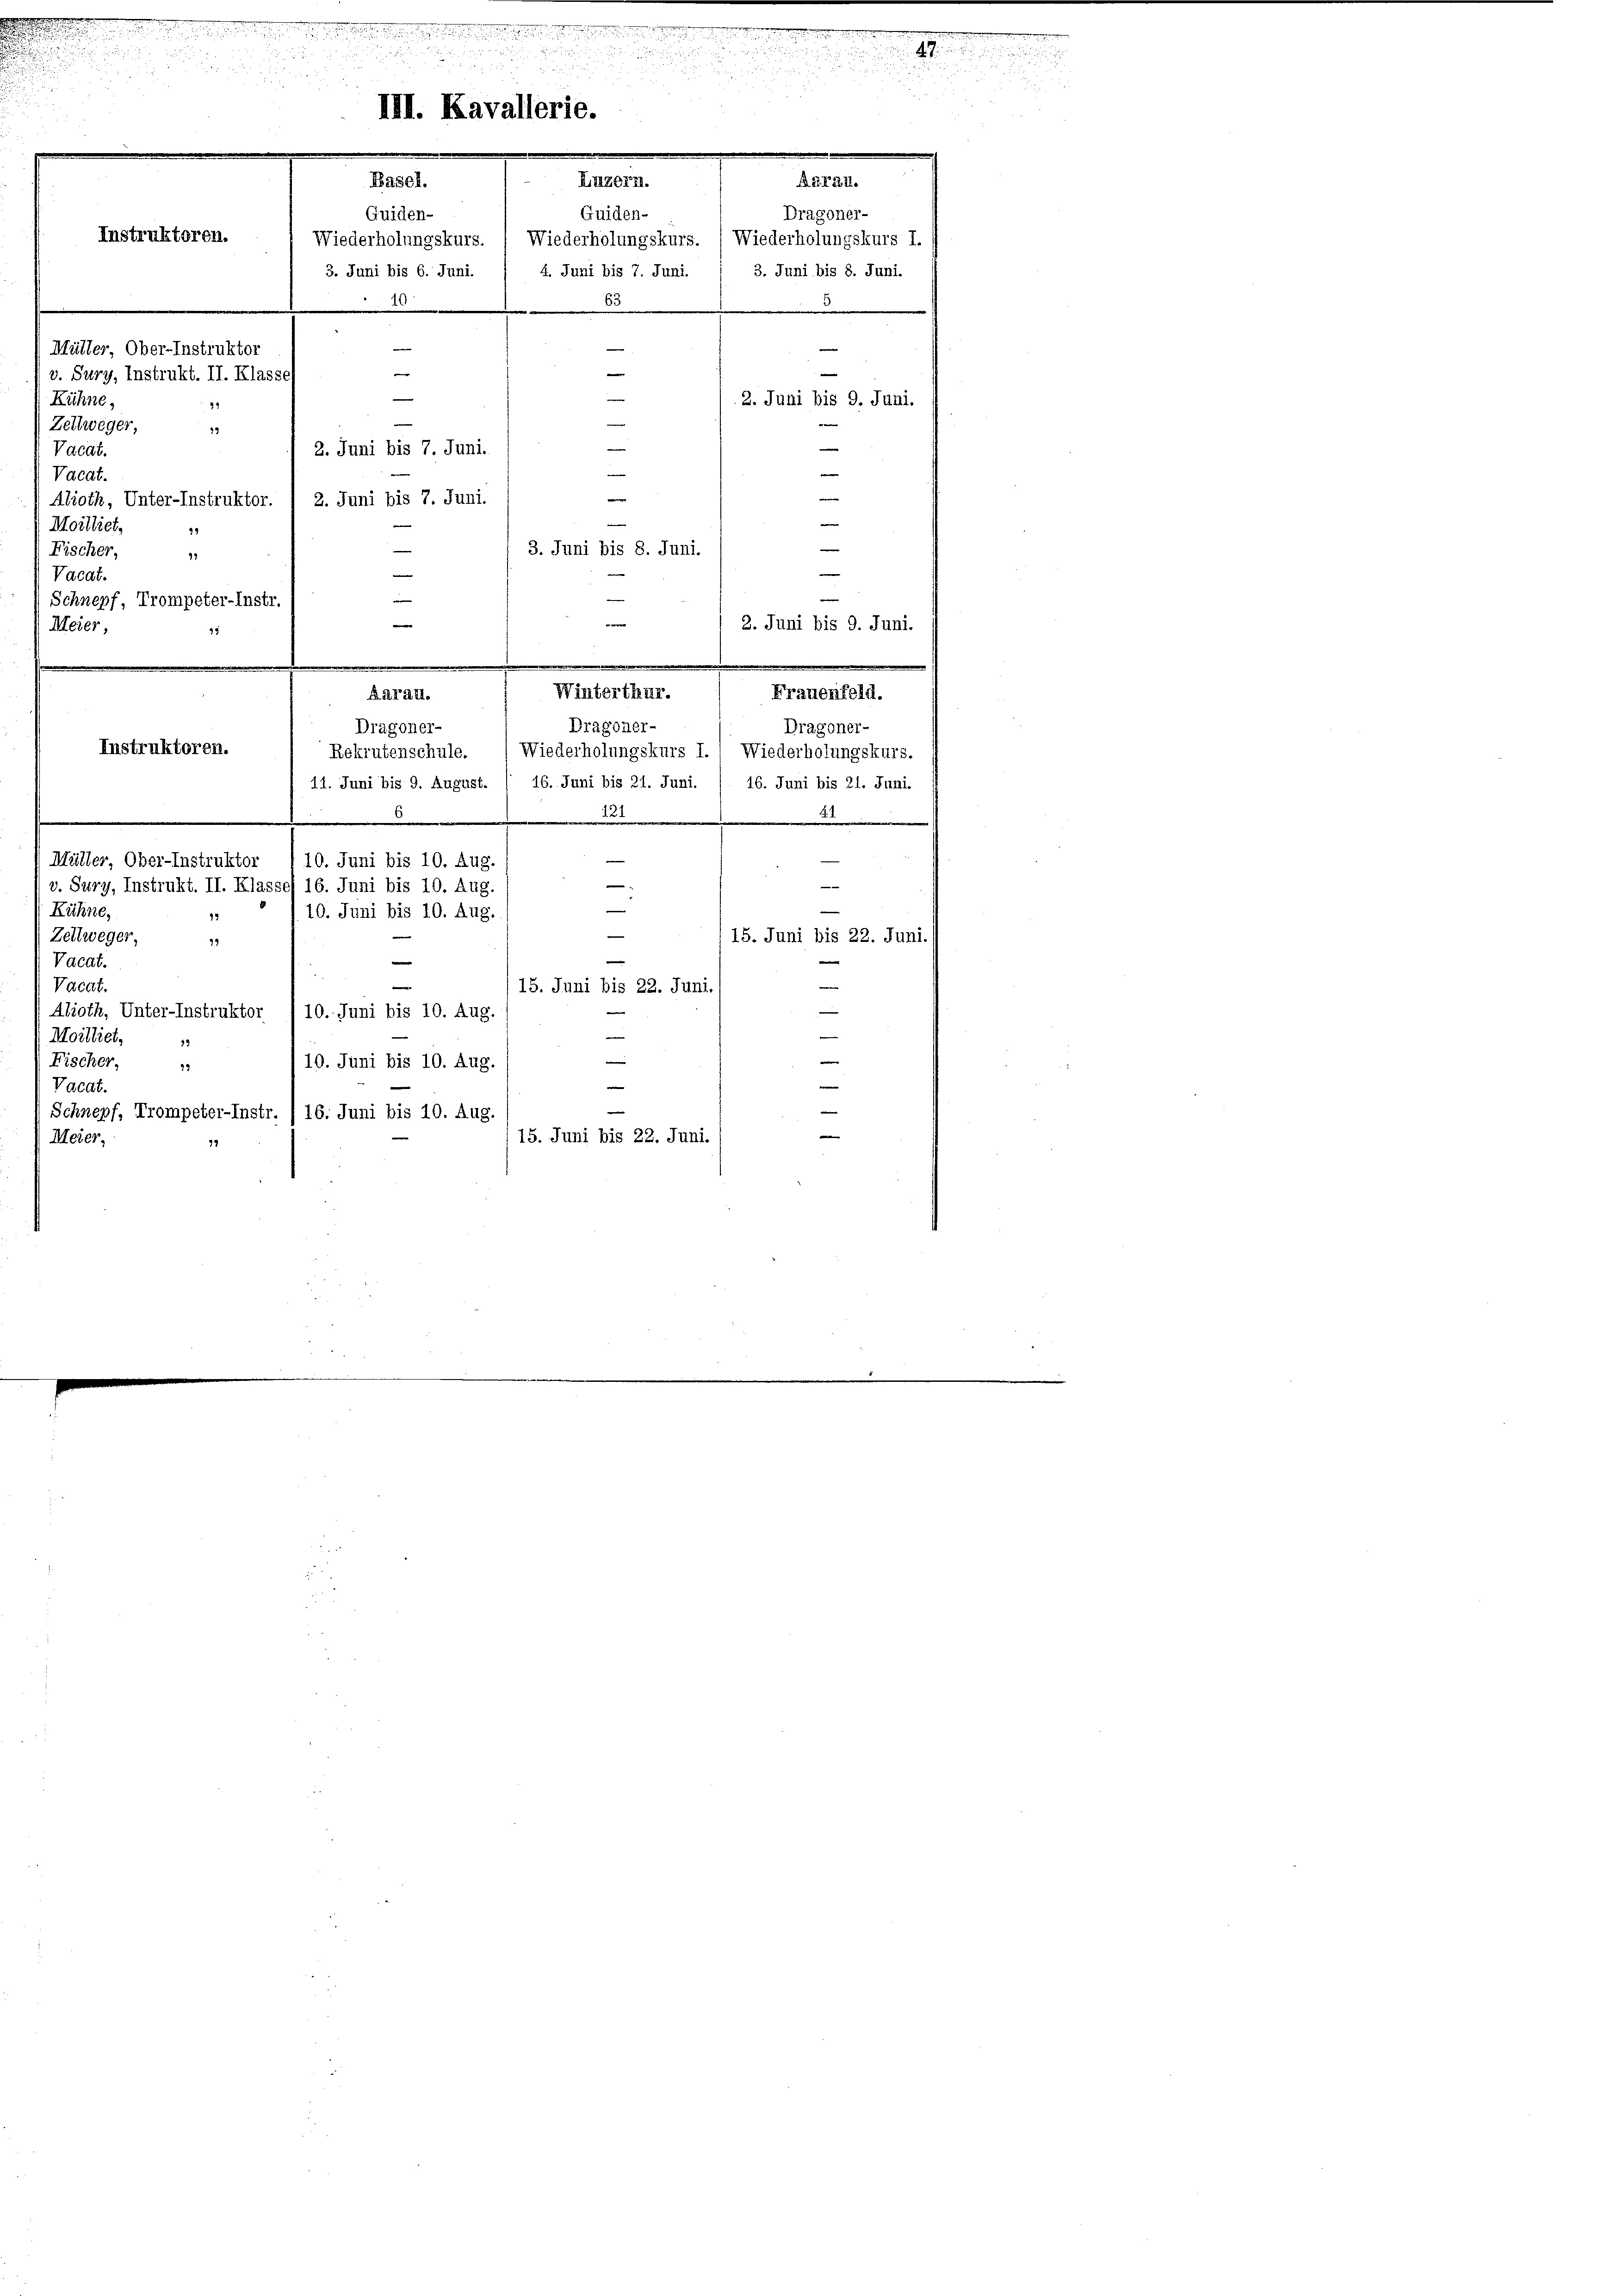
Instruktoren.
i

n
u
III. Kavallerie.

A 221.
Basel.
Luzern.
Guiden-
Quiden-
Wiederholungskurs. ( Wiederholungskurs. ( Wiederholungskurs I.
3. Juni bis 8. Juni.
4. Juni bis 7. Juni.
3. Juni bis 6. Juni.
4

J
e
Müller, Ober-Instruktor

v. Sury, Instrukt. II. Klasses
e
e
Kühne,
2. Juni bis 9. Juni.
94
—
e
Zellweger,
19
d
—
2. Juni bis 7. Juni.
Vacat.
Vacat.

Aboth, Unter-Instruktor.
2. Juni bis 7. Juni.
Moilliet,
39
e

Aarau.

n

Dragoner-

e
3. Juni bis 8. Juni.
Fischer,
91
e
e
Vacat.
e
e
Schnepf, Trompeter-Instr.
e
e
e
2. Juni bis 9. Juni.
Meier,
15
m
Winterthur.
Frauenfeld.
Dragoner-
Dragoner-
Dragoner-
Instruktoren.
Rekrutenschule. (Wiederholungskurs I., Wiederholungskurs.
11. Juni bis 9. August. / 16. Juni bis 21. Juni. / 16. Juni bis 21. Juni.
2
.
e
—
Müller, Ober-Instruktor
10. Juni bis 10. Aug.
e
"
—
v. Sury, Instrukt. II. Klassel 16. Juni bis 10. Aug.
—
Kühne,
10. Juni bis 10. Aug.
e
Zeltweger,
15. Juni bis 22. Juni.
39
e
|
Vacat.
e
Vacdt.
15. Juni bis 22. Juni.
Aboth, Unter-Instruktor
10. Juni bis 10. Aug.
—
Moilliet,
33
e
e
Fischer,
10. Juni bis 10. Aug.
13
e
Valdt.
e
Schnepf, Trompeter-Instr. , 16. Juni bis 10. Aug.
Meier,
15. Juni bis 22. Juni.
2

Weise ein